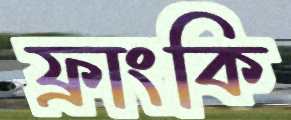
ফ্রাংকি